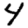
Digit: 4